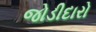
જોડીદારો